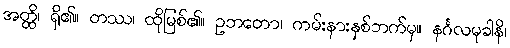
အတ္ထိ၊ ရှိ၏။ တဿ၊ ထိုမြစ်၏။ ဥဘတော၊ ကမ်းနားနှစ်ဘက်မှ။ နင်္ဂလမုခါနိ၊